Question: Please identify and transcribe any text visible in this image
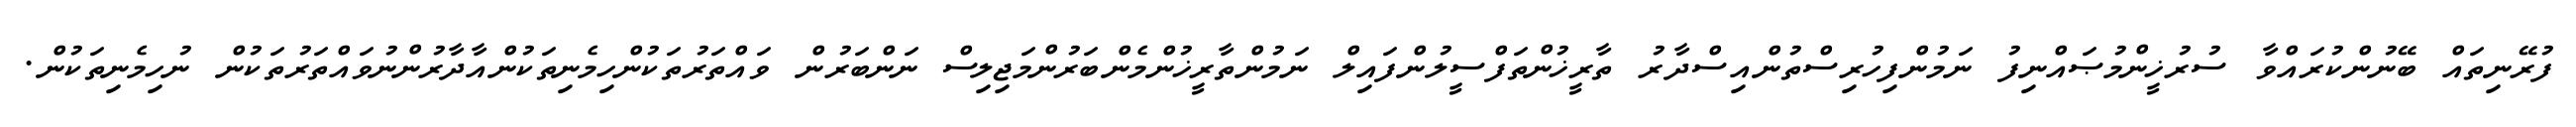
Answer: ފުރޭނިތައް ބޭނުންކުރައްވާ ސުރުޚީންމުޞައްނިފު ނަމުންފިހުރިސްތުންއިސްދާރު ތާރީޚުންތަފްސީލުންފައިލް ނަމުންތާރީޚުންމެންބަރުންމަޖިލިސް ނަންބަރުން ވައްތަރުތަކުންހިމެނިތަކުންއާދާރުންނުވައްތަރުތަކުން ނުހިމެނިތަކުން.